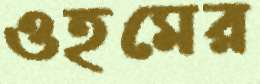
ওহমের